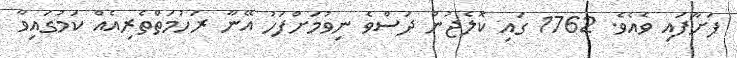
ފަށާފައި ވެއެވެ. 1762 ގައި ކޮލެޖުން ދަސްވެ ނިވުމަށްފަހު އޭނާ ރަހުމަތްތެރިއެއް ކަމުގައިވާ